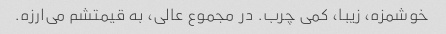
خوشمزه، زیبا، کمی چرب. در مجموع عالی، به قیمتشم می‌ارزه.